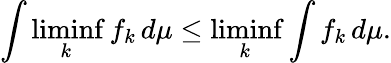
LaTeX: \int\operatorname*{liminf}_{k}f_{k}\, d\mu\leq\operatorname*{liminf}_{k}\int f_{k}\, d\mu.